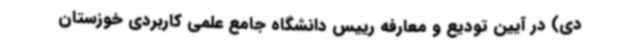
دی) در آیین تودیع و معارفه رییس دانشگاه جامع علمی کاربردی خوزستان